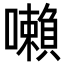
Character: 𡃤